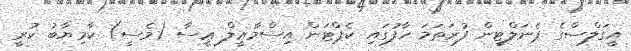
އީގަލްސްގެ ޕެނަލްޓީން ފުރަތަމަ ހާފުގައި ކެޕްޓަން އިސްމާޢީލް ޢީސާ (މެސީ) ކާމިޔާބު ކުރީ